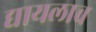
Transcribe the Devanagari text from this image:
द्यायलाच